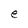
Character: e